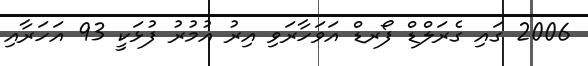
2006 ގައި ގެރަލްޑް ފޯރޑް އަވަހާރަވި އިރު އުމުރު ފުޅަކީ 93 އަަހަރާއި